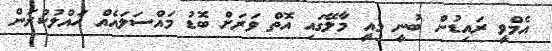
އެމްވީ ރައިޑުން ބުނީ މިއީ މާލޭގައި އޮތް ވަރަށް ބޮޑު މައްސަލައެއް ހައްލުކުރަން